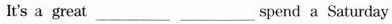
It's a great_________ _________spend a Saturday